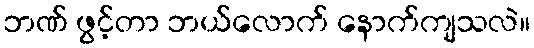
ဘဏ် ဖွင့်တာ ဘယ်လောက် နောက်ကျသလဲ။